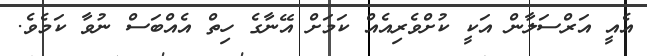
އެއީ އަރްސަލާން އަކީ ކުށްވެރިއެއް ކަމަށް އޭނާގެ ހިތް އެއްބަސް ނުވާ ކަމެވެ.